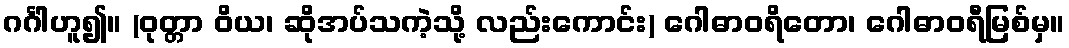
ဂင်္ဂါဟူ၍။ (ဝုတ္တာ ဝိယ၊ ဆိုအပ်သကဲ့သို့ လည်းကောင်း) ဂေါဓာဝရိတော၊ ဂေါဓာဝရီမြစ်မှ။